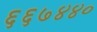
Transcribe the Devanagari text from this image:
६६७४४०